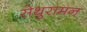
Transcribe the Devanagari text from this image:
सेथुरामन